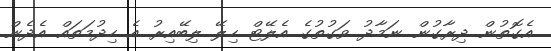
އެގޮތުން ދިރާގުން ނަމާދު ވަގުތުގެ އެލޭޓް ހިލޭ ލިބޭއިރު އެ ހިދުމަތައް އެދެން